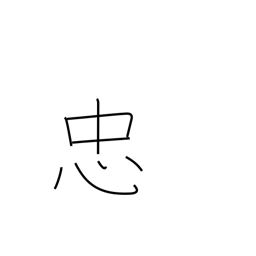
Meaning: faithfulness